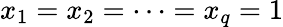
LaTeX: x_{1}=x_{2}=\dots=x_{q}=1